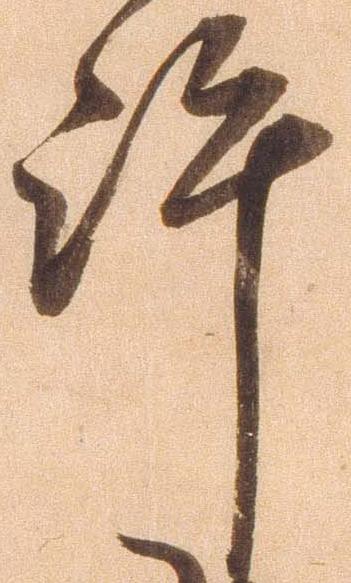
許